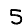
Digit: 5